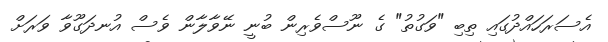
އެސަރަހައްދުގައި ތިބި "ވަގުތު" ގެ ނޫސްވެރިން ބުނީ ނޭވާލާން ވެސް އުނދަގޫވާ ވަރަށް